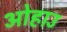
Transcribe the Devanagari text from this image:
ओहाउ